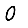
Digit: 0